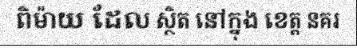
ពិម៉ាយ ដែល ស្ថិត នៅក្នុង ខេត្ត នគរ